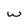
Character: w